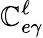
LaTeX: \mathbb{C}_{e\gamma}^{\ell}